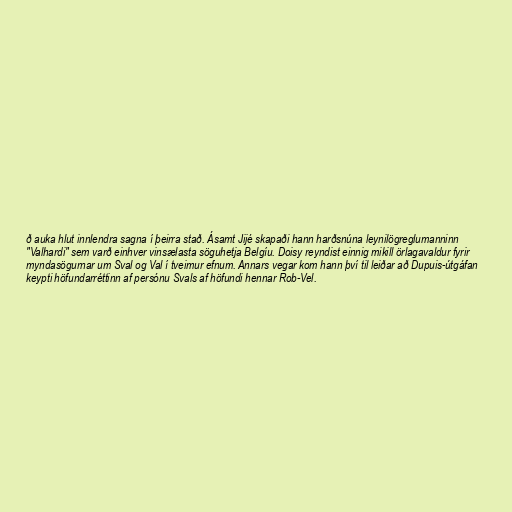
ð auka hlut innlendra sagna í þeirra stað. Ásamt Jijé skapaði hann harðsnúna leynilögreglumanninn
"Valhardi" sem varð einhver vinsælasta söguhetja Belgíu. Doisy reyndist einnig mikill örlagavaldur fyrir
myndasögurnar um Sval og Val í tveimur efnum. Annars vegar kom hann því til leiðar að Dupuis-útgáfan
keypti höfundarréttinn af persónu Svals af höfundi hennar Rob-Vel.